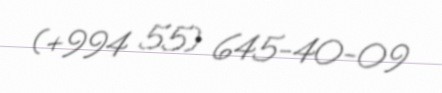
(+994 55) 645-40-09